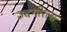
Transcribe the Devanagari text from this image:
उदगीरला